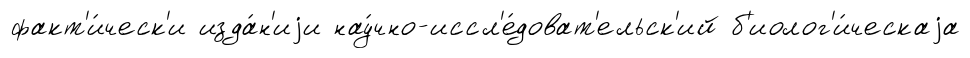
факт'и́ческ'и изда́н'иjи нау́чно-иссл'е́доват'ельск'ий б'иолог'и́ческаjа